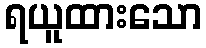
ရယူထားသော